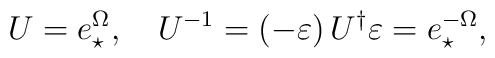
U=e_{\star }^{\Omega },\quad U^{-1}=\left( -\varepsilon \right) U^{\dagger}\varepsilon =e_{\star }^{-\Omega },